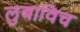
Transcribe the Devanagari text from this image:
लुबाविच